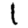
Digit: 1